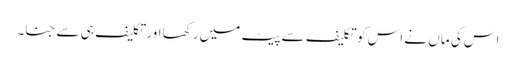
اس کی ماں نے اس کو تکلیف سے پیٹ میں رکھا اور تکلیف ہی سے جنا۔